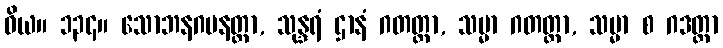
ဝိယ။ ၁၃၄။ သောဘနဂမနတ္တာ, သုန္ဒရံ ဌာနံ ဂတတ္တာ, သမ္မာ ဂတတ္တာ, သမ္မာ စ ဂဒတ္တာ